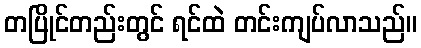
တပြိုင်တည်းတွင် ရင်ထဲ တင်းကျပ်လာသည်။